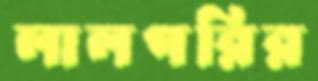
লালপরির